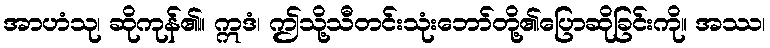
အာဟံသု၊ ဆိုကုန်၏။ ဣဒံ၊ ဤသို့သီတင်းသုံးဘော်တို့၏ပြောဆိုခြင်းကို။ အဿ၊